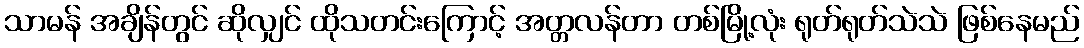
သာမန် အချိန်တွင် ဆိုလျှင် ထိုသတင်းကြောင့် အတ္တလန်တာ တစ်မြို့လုံး ရုတ်ရုတ်သဲသဲ ဖြစ်နေမည်